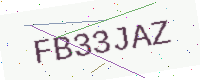
Text: FB33JAZ